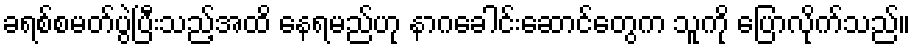
ခရစ်စမတ်ပွဲပြီးသည့်အထိ နေရမည်ဟု နာဂခေါင်းဆောင်တွေက သူကို ပြောလိုက်သည်။